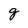
Character: g